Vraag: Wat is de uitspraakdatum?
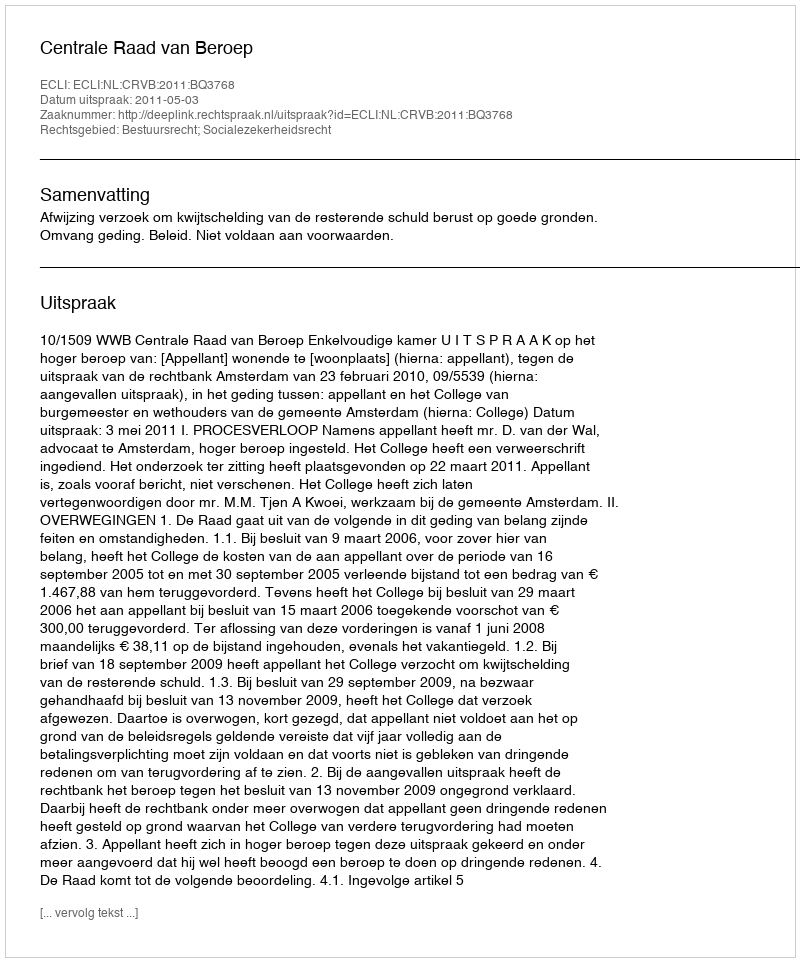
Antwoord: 2011-05-03